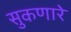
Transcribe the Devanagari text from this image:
सुकणारे